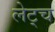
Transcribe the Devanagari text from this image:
लेट्च